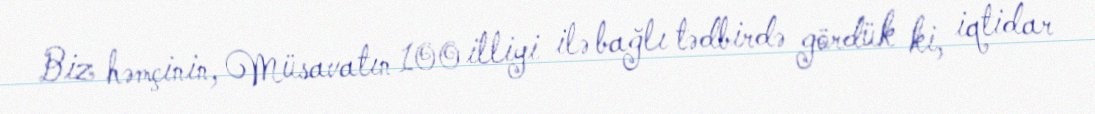
Biz həmçinin, Müsavatın 100 illiyi ilə bağlı tədbirdə gördük ki, iqtidar